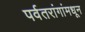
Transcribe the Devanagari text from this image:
पर्वतरांगांमधून